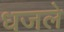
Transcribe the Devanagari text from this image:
धजले